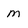
Character: m